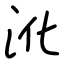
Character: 沎